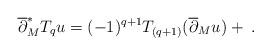
LaTeX: \begin{align*}\overline{\partial}_{M}^{*}T_{q}u = (-1)^{q+1}T_{(q+1)}(\overline{\partial}_{M}u) + \;.\end{align*}